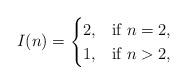
LaTeX: \begin{align*}I(n)=\begin{cases}2, & \textup{if }n=2,\\1, & \textup{if }n>2,\end{cases}\end{align*}